system: You are a helpful assistant.
user:
Analyze the provided spectrum to determine if it is a **Carbon Star (C-type)**.

- **Key Visual Indicators of Carbon Star:**
    - **(Primary):** Strong molecular absorption from **C₂ (diatomic carbon) "Swan Bands."** This is the **defining feature** of a carbon star.
        - **(Key Bandheads):** Sharp absorption edges are visible at approximately $5635$ Å, $5165$ Å (the strongest band), and $4737$ Å.
        - **(Line Profile):** Creates a distinct **"saw-tooth"** pattern. The key morphology is a sharp, steep bandhead on the **red (long-wavelength) side**, which then gradually tapers off (i.e., flux recovers) towards the **blue (short-wavelength) side**. *(This is the direct opposite of the TiO bands seen in M-type stars)*.

    - **(Secondary):** Intense **CN (cyanogen)** molecular absorption bands.
        - **(Key Bandheads):** Located in the blue and violet regions of the spectrum (e.g., near $4215$ Å and $3883$ Å).
        - **(Morphology):** These bands are extremely broad and act as a "blanket," absorbing the vast majority of blue and violet light. This creates a characteristic **"cliff"** or **"steep drop-off"** in the spectrum's flux at short wavelengths.

    - **(Key Confirmation):** Strong **CH absorption band (G-band)**.
        - **(Key Bandhead):** Located around $4300$ Å. The contribution from CH molecules to this band is exceptionally strong.

    - **(Overall Spectrum):**
        - The continuum is severely "chopped up" by these deep molecular bands, especially C₂, rather than appearing as a smooth curve.
        - Due to the heavy CN and C₂ absorption in the blue-green, the vast majority of the star's flux is concentrated in the red part of the spectrum, giving the star its characteristic deep red color.

Think first, call **spectral_visualization_tool** if needed to examine features in detail, then provide your final answer. Your response must adhere to the following strict rules:
1.  **Overall Structure:** Your response must follow the format `<think>...</think> <tool_call>...</tool_call> (if a tool is used) <answer>...</answer>`.
2.  **Tool Usage Constraint:** You may only make **one** tool call per turn.
3.  **Final Answer Format:** In the `<answer>` tag, your conclusion must be inside a `\boxed{}` command (e.g., `\boxed{YES}`), followed by your justification.

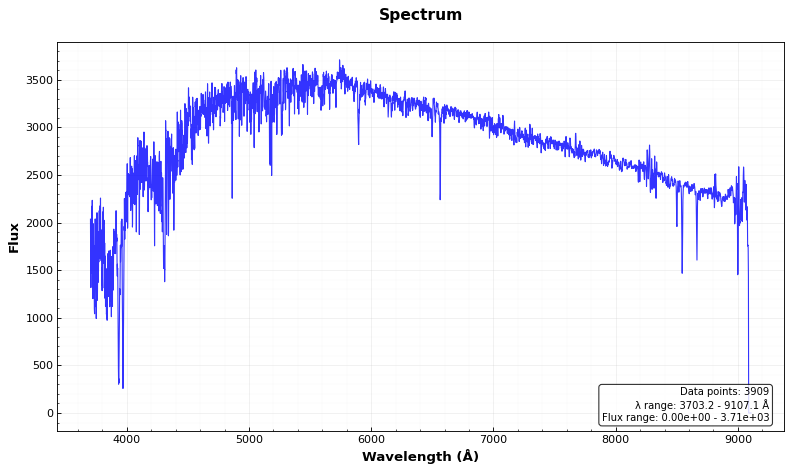
Answer: NO